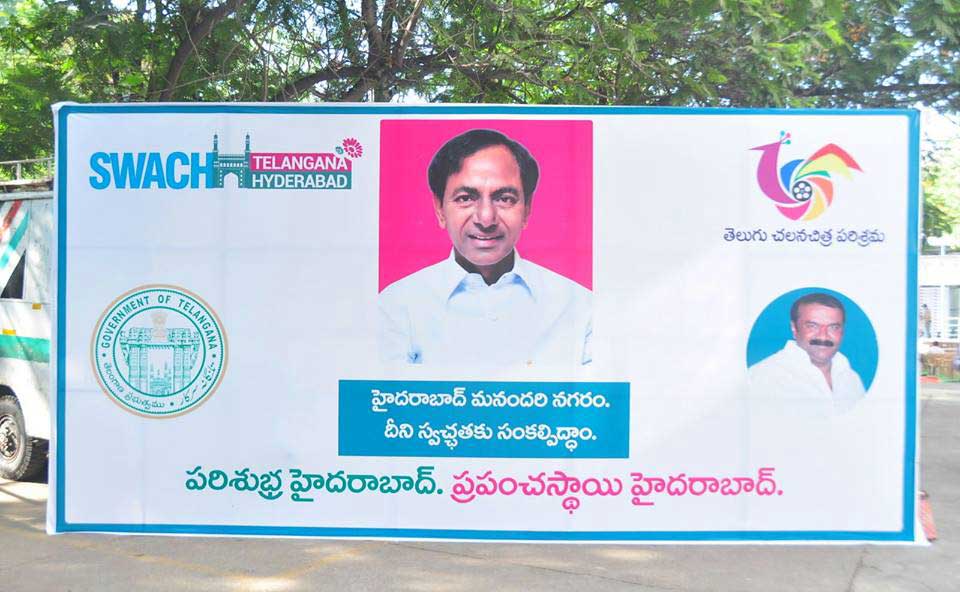
Language: telugu
Transcription: స్వచ్చతకు ప్రపంచస్ధాయి హైదరాబాద్ మనందరి దీని పరిశుభ్ర హైదరాబాద్. తెలుగు చలనచిత్ర పరిశ్రమ నగరం.